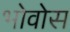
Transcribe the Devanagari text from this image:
भोवोस